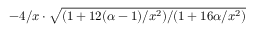
- 4 / x \cdot \sqrt { ( 1 + 1 2 ( \alpha - 1 ) / x ^ { 2 } ) / ( 1 + 1 6 \alpha / x ^ { 2 } ) }